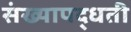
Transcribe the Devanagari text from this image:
संख्यापद्धती